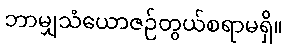
ဘာမျှသံယောဇဉ်တွယ်စရာမရှိ။